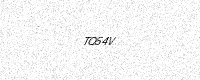
Text: TQ54V